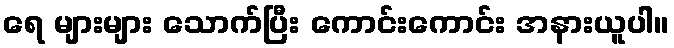
ရေ များများ သောက်ပြီး ကောင်းကောင်း အနားယူပါ။